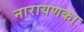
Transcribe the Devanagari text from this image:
नारायणका